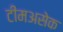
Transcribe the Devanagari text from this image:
टीमअसेक